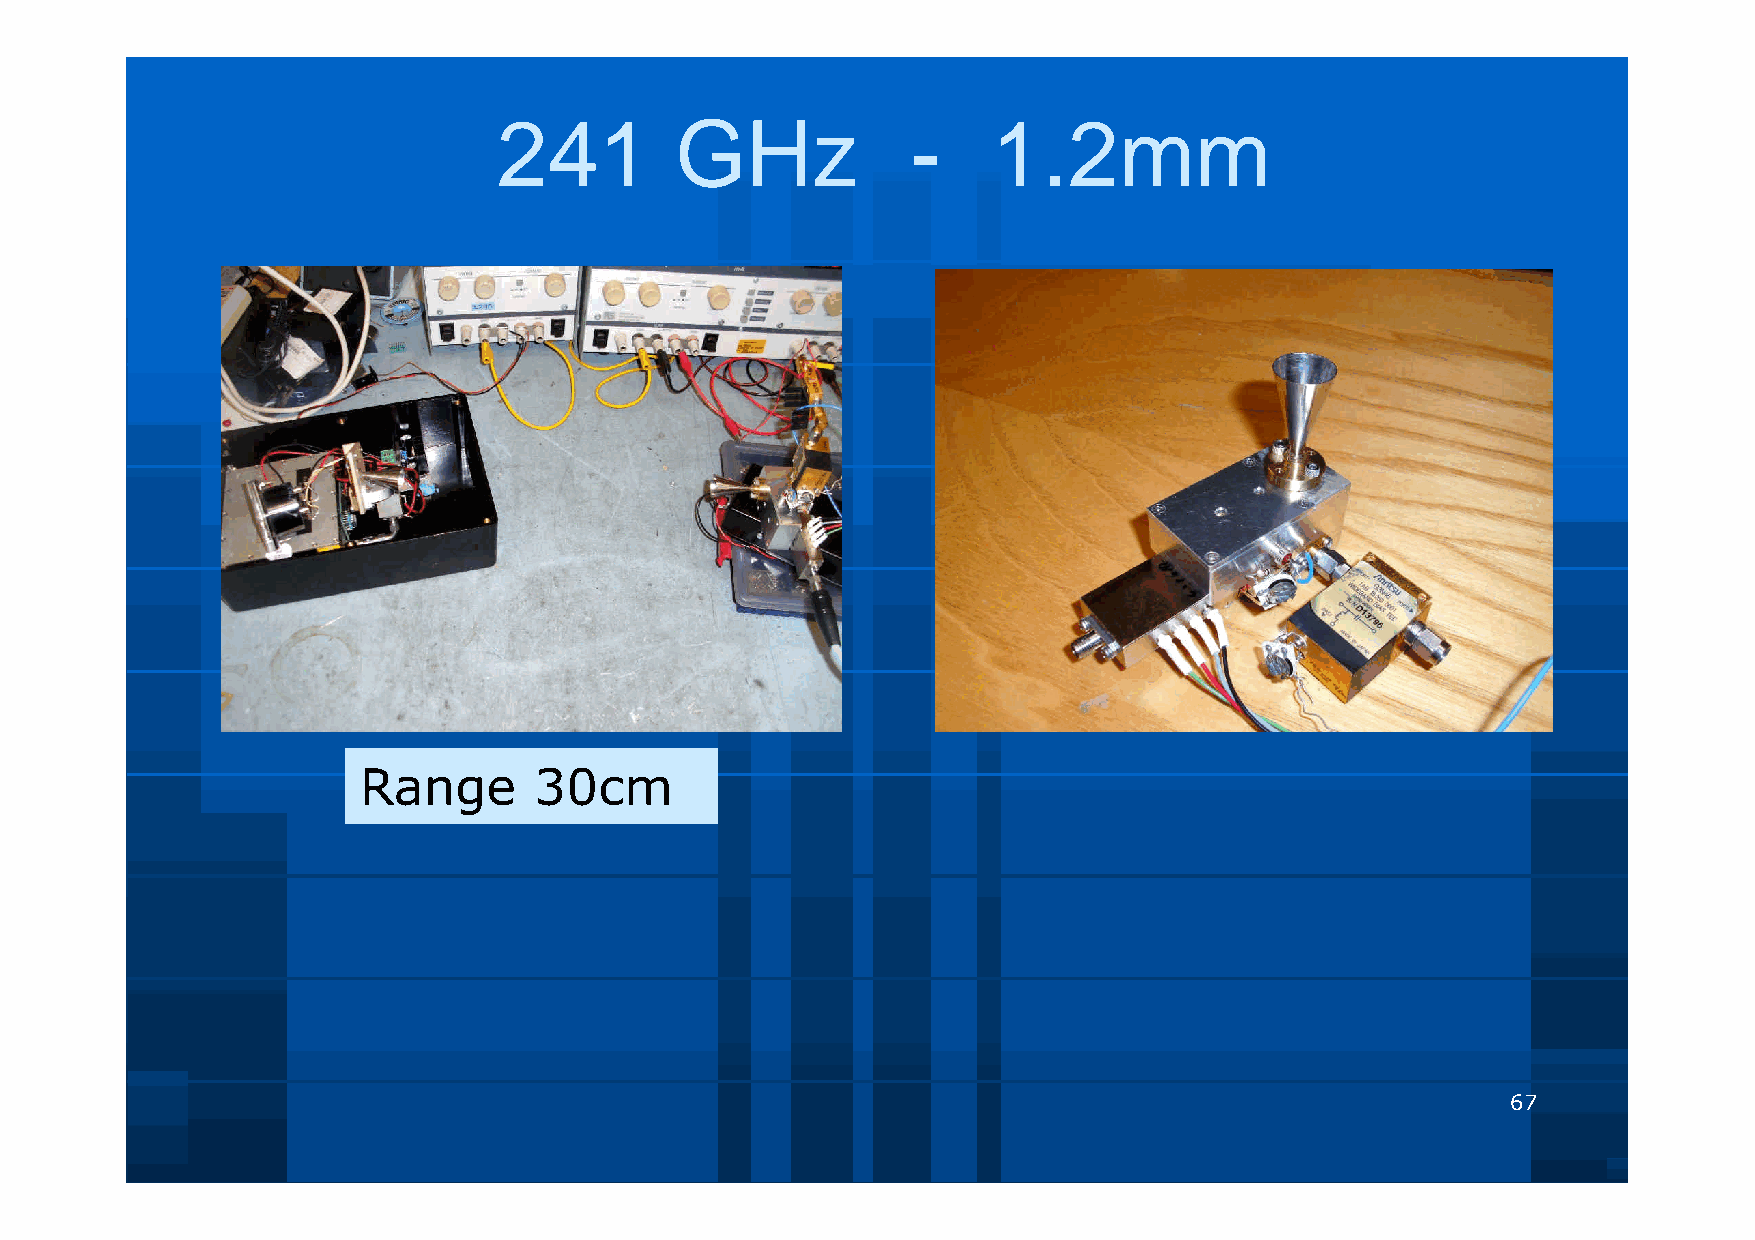
241         GHz            -     1.2mm
 Range      30cm
 67